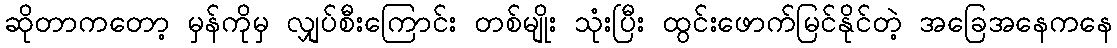
ဆိုတာကတော့ မှန်ကိုမှ လျှပ်စီးကြောင်း တစ်မျိုး သုံးပြီး ထွင်းဖောက်မြင်နိုင်တဲ့ အခြေအနေကနေ